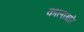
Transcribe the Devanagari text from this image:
कालागारे